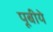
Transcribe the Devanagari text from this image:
पूबीये